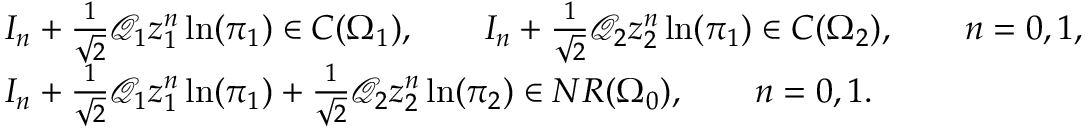
\begin{array} { r l } & { I _ { n } + \frac { 1 } { \sqrt { 2 } } \mathcal Q _ { 1 } z _ { 1 } ^ { n } \ln ( \pi _ { 1 } ) \in C ( \Omega _ { 1 } ) , \qquad I _ { n } + \frac { 1 } { \sqrt { 2 } } \mathcal Q _ { 2 } z _ { 2 } ^ { n } \ln ( \pi _ { 1 } ) \in C ( \Omega _ { 2 } ) , \qquad n = 0 , 1 , } \\ & { I _ { n } + \frac { 1 } { \sqrt { 2 } } \mathcal Q _ { 1 } z _ { 1 } ^ { n } \ln ( \pi _ { 1 } ) + \frac { 1 } { \sqrt { 2 } } \mathcal Q _ { 2 } z _ { 2 } ^ { n } \ln ( \pi _ { 2 } ) \in N R ( \Omega _ { 0 } ) , \qquad n = 0 , 1 . } \end{array}